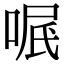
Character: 𠶩